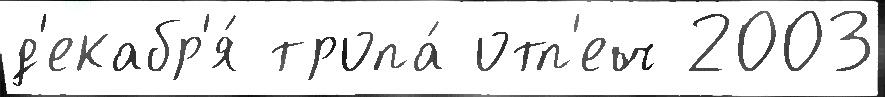
д'екабр'я́ тропа́ отп'еч 2003